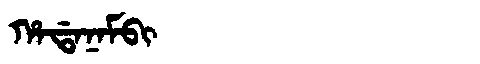
Manchu: ᡥᠠᡩᠠᠨᠠᠮᠪᡳ
Romanization: HADANAMBI